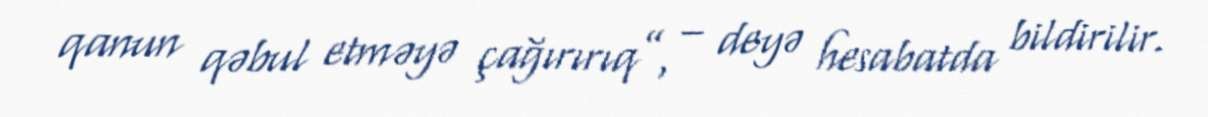
qanun qəbul etməyə çağırırıq”, – deyə hesabatda bildirilir.